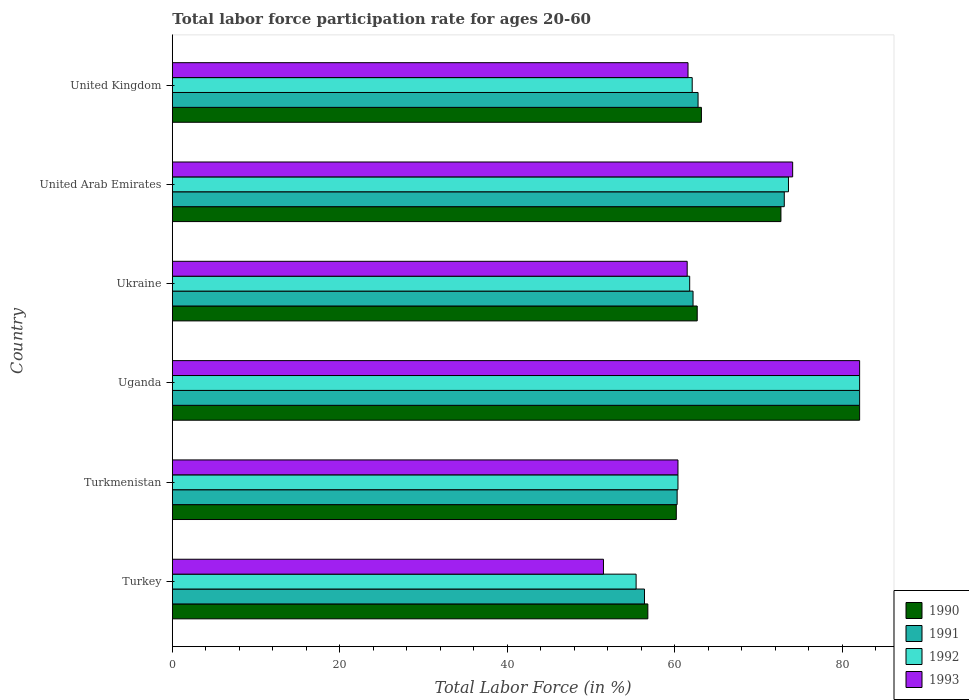
| Country | 1990 | 1991 | 1992 | 1993 |
 | --- | --- | --- | --- | --- |
 | Turkey | 56.8 | 56.4 | 55.4 | 51.5 |
 | Turkmenistan | 60.2 | 60.3 | 60.4 | 60.4 |
 | Uganda | 82.1 | 82.1 | 82.1 | 82.1 |
 | Ukraine | 62.7 | 62.2 | 61.8 | 61.5 |
 | United Arab Emirates | 72.7 | 73.1 | 73.6 | 74.1 |
 | United Kingdom | 63.2 | 62.8 | 62.1 | 61.6 |